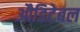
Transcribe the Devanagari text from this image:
औडिटेबल